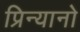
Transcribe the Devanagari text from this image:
प्रिन्यानो